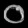
Digit: ၀